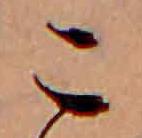
こ